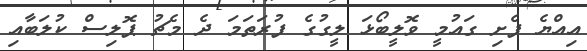
އިއްޔެ ފެށި ގައުމީ ވޮލީބޯޅަ ލީގުގެ ފުރަތަމަ ދެ މެޗު ޕޮލިސް ކުލަބާއި